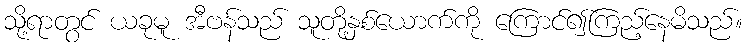
သို့ရာတွင် ယခုမူ အီဗန်သည် သူတို့နှစ်ယောက်ကို ကြောင်၍ကြည့်နေမိသည်။